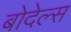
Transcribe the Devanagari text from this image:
बोदेल्स